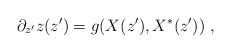
\begin{align*} \partial_{z^\prime} z(z^\prime) = g(X(z^\prime),X^* (z^\prime))~,\end{align*}